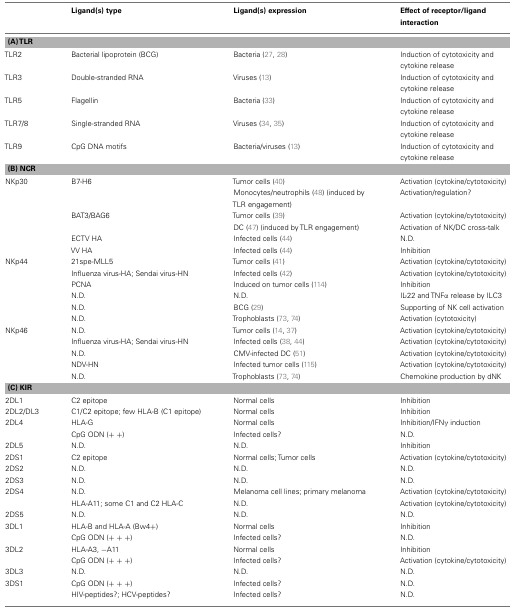
<table><thead><tr><td></td><td><b>Ligand(s) type</b></td><td><b>Ligand(s) expression</b></td><td><b>Effect of receptor/ligand interaction</b></td></tr></thead><tbody><tr><td colspan="4"><b>(A) TLR</b></td></tr><tr><td>TLR2</td><td>Bacterial lipoprotein (BCG)</td><td>Bacteria (27, 28)</td><td>Induction of cytotoxicity and cytokine release</td></tr><tr><td>TLR3</td><td>Double-stranded RNA</td><td>Viruses (13)</td><td>Induction of cytotoxicity and cytokine release</td></tr><tr><td>TLR5</td><td>Flagellin</td><td>Bacteria (33)</td><td>Induction of cytotoxicity and cytokine release</td></tr><tr><td>TLR7/8</td><td>Single-stranded RNA</td><td>Viruses (34, 35)</td><td>Induction of cytotoxicity and cytokine release</td></tr><tr><td>TLR9</td><td>CpG DNA motifs</td><td>Bacteria/viruses (13)</td><td>Induction of cytotoxicity and cytokine release</td></tr><tr><td colspan="4"><b>(B) NCR</b></td></tr><tr><td>NKp30</td><td>B7-H6</td><td>Tumor cells (40)</td><td>Activation (cytokine/cytotoxicity)</td></tr><tr><td></td><td></td><td>Monocytes/neutrophils (48) (induced by TLR engagement)</td><td>Activation/regulation?</td></tr><tr><td></td><td>BAT3/BAG6</td><td>Tumor cells (39)</td><td>Activation (cytokine/cytotoxicity)</td></tr><tr><td></td><td></td><td>DC (47) (induced by TLR engagement)</td><td>Activation of NK/DC cross-talk</td></tr><tr><td></td><td>ECTV HA</td><td>Infected cells (44)</td><td>N.D.</td></tr><tr><td></td><td>VV HA</td><td>Infected cells (44)</td><td>Inhibition</td></tr><tr><td>NKp44</td><td>21spe-MLL5</td><td>Tumor cells (41)</td><td>Activation (cytokine/cytotoxicity)</td></tr><tr><td></td><td>Influenza virus-HA; Sendai virus-HN</td><td>Infected cells (42)</td><td>Activation (cytokine/cytotoxicity)</td></tr><tr><td></td><td>PCNA</td><td>Induced on tumor cells (114)</td><td>Inhibition</td></tr><tr><td></td><td>N.D.</td><td>N.D.</td><td>IL-22 and TNFα release by ILC3</td></tr><tr><td></td><td>N.D.</td><td>BCG (29)</td><td>Supporting of NK cell activation</td></tr><tr><td></td><td>N.D.</td><td>Trophoblasts (73, 74)</td><td>Activation (cytotoxicity)</td></tr><tr><td>NKp46</td><td>N.D.</td><td>Tumor cells (14, 37)</td><td>Activation (cytokine/cytotoxicity)</td></tr><tr><td></td><td>Influenza virus-HA; Sendai virus-HN</td><td>Infected cells (38, 44)</td><td>Activation (cytokine/cytotoxicity)</td></tr><tr><td></td><td>N.D.</td><td>CMV-infected DC (51)</td><td>Activation (cytokine/cytotoxicity)</td></tr><tr><td></td><td>NDV-HN</td><td>Infected tumor cells (115)</td><td>Activation (cytokine/cytotoxicity)</td></tr><tr><td></td><td>N.D.</td><td>Trophoblasts (73, 74)</td><td>Chemokine production by dNK</td></tr><tr><td colspan="4"><b>(C) KIR</b></td></tr><tr><td>2DL1</td><td>C2 epitope</td><td>Normal cells</td><td>Inhibition</td></tr><tr><td>2DL2/DL3</td><td>C1/C2 epitope; few HLA-B (C1 epitope)</td><td>Normal cells</td><td>Inhibition</td></tr><tr><td>2DL4</td><td>HLA-G</td><td>Normal cells</td><td>Inhibition/IFNγ induction</td></tr><tr><td></td><td>CpG ODN (+ +)</td><td>Infected cells?</td><td>N.D.</td></tr><tr><td>2DL5</td><td>N.D.</td><td>N.D.</td><td>Inhibition</td></tr><tr><td>2DS1</td><td>C2 epitope</td><td>Normal cells; Tumor cells</td><td>Activation (cytokine/cytotoxicity)</td></tr><tr><td>2DS2</td><td>N.D.</td><td>N.D.</td><td>N.D.</td></tr><tr><td>2DS3</td><td>N.D.</td><td>N.D.</td><td>N.D.</td></tr><tr><td>2DS4</td><td>N.D.</td><td>Melanoma cell lines; primary melanoma</td><td>Activation (cytokine/cytotoxicity)</td></tr><tr><td></td><td>HLA-A11; some C1 and C2 HLA-C</td><td>N.D.</td><td>Activation (cytokine/cytotoxicity)</td></tr><tr><td>2DS5</td><td>N.D.</td><td>N.D.</td><td>N.D.</td></tr><tr><td>3DL1</td><td>HLA-B and HLA-A (Bw4+)</td><td>Normal cells</td><td>Inhibition</td></tr><tr><td></td><td>CpG ODN (+ + +)</td><td>Infected cells?</td><td>N.D.</td></tr><tr><td>3DL2</td><td>HLA-A3, −A11</td><td>Normal cells</td><td>Inhibition</td></tr><tr><td></td><td>CpG ODN (+ + +)</td><td>Infected cells?</td><td>Activation (cytokine/cytotoxicity)</td></tr><tr><td>3DL3</td><td>N.D.</td><td>N.D.</td><td>N.D.</td></tr><tr><td>3DS1</td><td>CpG ODN (+ + +)</td><td>Infected cells?</td><td>N.D.</td></tr><tr><td></td><td>HIV-peptides?; HCV-peptides?</td><td>Infected cells?</td><td>N.D.</td></tr></tbody></table>